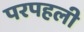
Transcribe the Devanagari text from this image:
परपहली